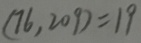
( 7 6 , 2 0 9 ) = 1 9